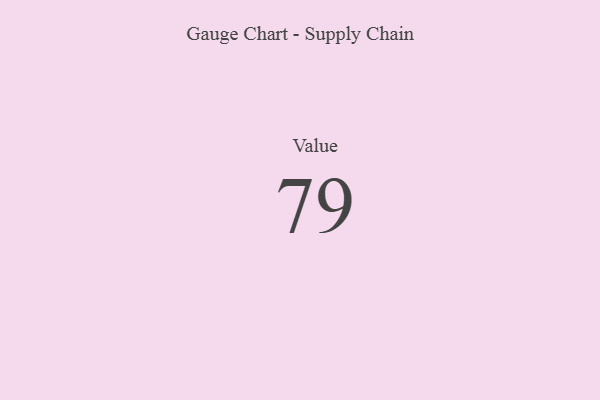
{"axis": {"x": "Metric", "y": "Value"}, "legend": [""], "data": [{"x": "Value", "y": 79, "type": ""}]}